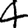
Digit: 4